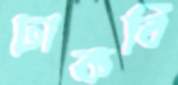
ঢাকবি